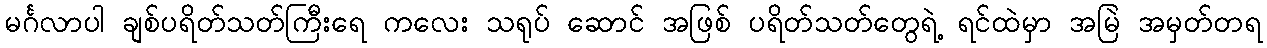
မင်္ဂလာပါ ချစ်ပရိတ်သတ်ကြီးရေ ကလေး သရုပ် ဆောင် အဖြစ် ပရိတ်သတ်တွေရဲ့ ရင်ထဲမှာ အမြဲ အမှတ်တရ